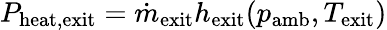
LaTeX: P_{\mathrm{heat,exit}}=\dot{m}_{\mathrm{exit}}h_{\mathrm{exit}}(p_{\mathrm{amb}},T_{\mathrm{exit}})